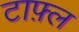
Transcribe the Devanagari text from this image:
टाफ़्ल